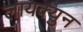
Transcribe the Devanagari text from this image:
लायक्युन